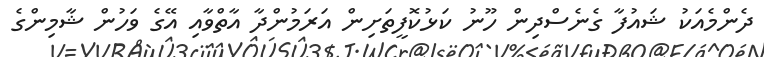
ދެންމެއަކު ޝައުފާ ގެނެސްދިން ހޫނު ކަޅުކޮފީތަށިން އަރަމުންދާ އާތްވާއި އޭގެ ވަހުން ޝާމިންގެ